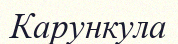
Карункула